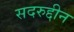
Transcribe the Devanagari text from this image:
सदरुद्दीन